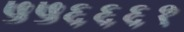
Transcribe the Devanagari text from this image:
५५६६६१